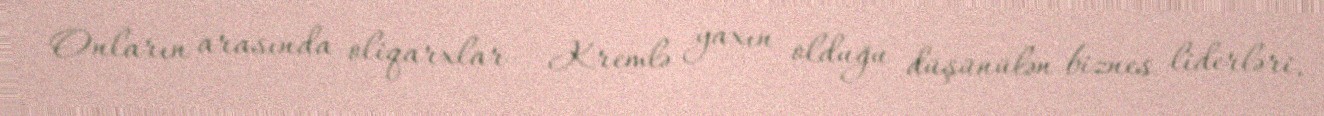
Onların arasında oliqarxlar - Kremlə yaxın olduğu düşünülən biznes liderləri,